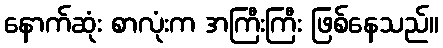
နောက်ဆုံး စာလုံးက အကြီးကြီး ဖြစ်နေသည်။